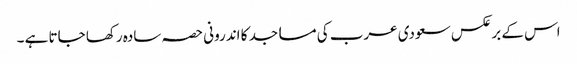
اس کے برعکس سعودی عرب کی مساجد کا اندرونی حصہ سادہ رکھا جاتا ہے ۔